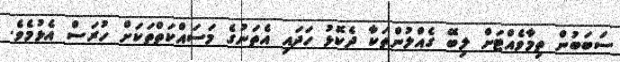
ސަބަބުން ތިމާވެއްޓަށް ލިބޭ ގެއްލުންތަކާ ދެކޮޅު ހަދައި އެތަނުގެ މަސައްކަތްތަކަށް ހުރަސް އެޅުމެވެ.